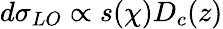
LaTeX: d\sigma_{LO}\propto s(\chi)D_{c}(z)